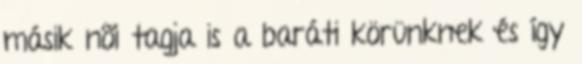
másik nõi tagja is a baráti körünknek és így